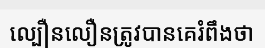
ល្បឿនលឿនត្រូវបានគេរំពឹងថា